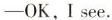
—OK,I see.